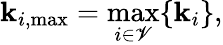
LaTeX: \mathbf{k}_{i,\operatorname*{max}}=\operatorname*{max}_{i\in\mathscr{{V}}}\{ \mathbf{k}_{i}\} ,